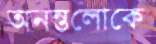
অনন্তলোকে